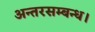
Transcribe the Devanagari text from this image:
अन्तरसम्बन्ध।